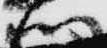
利